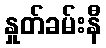
နှုတ်ခမ်းနီ